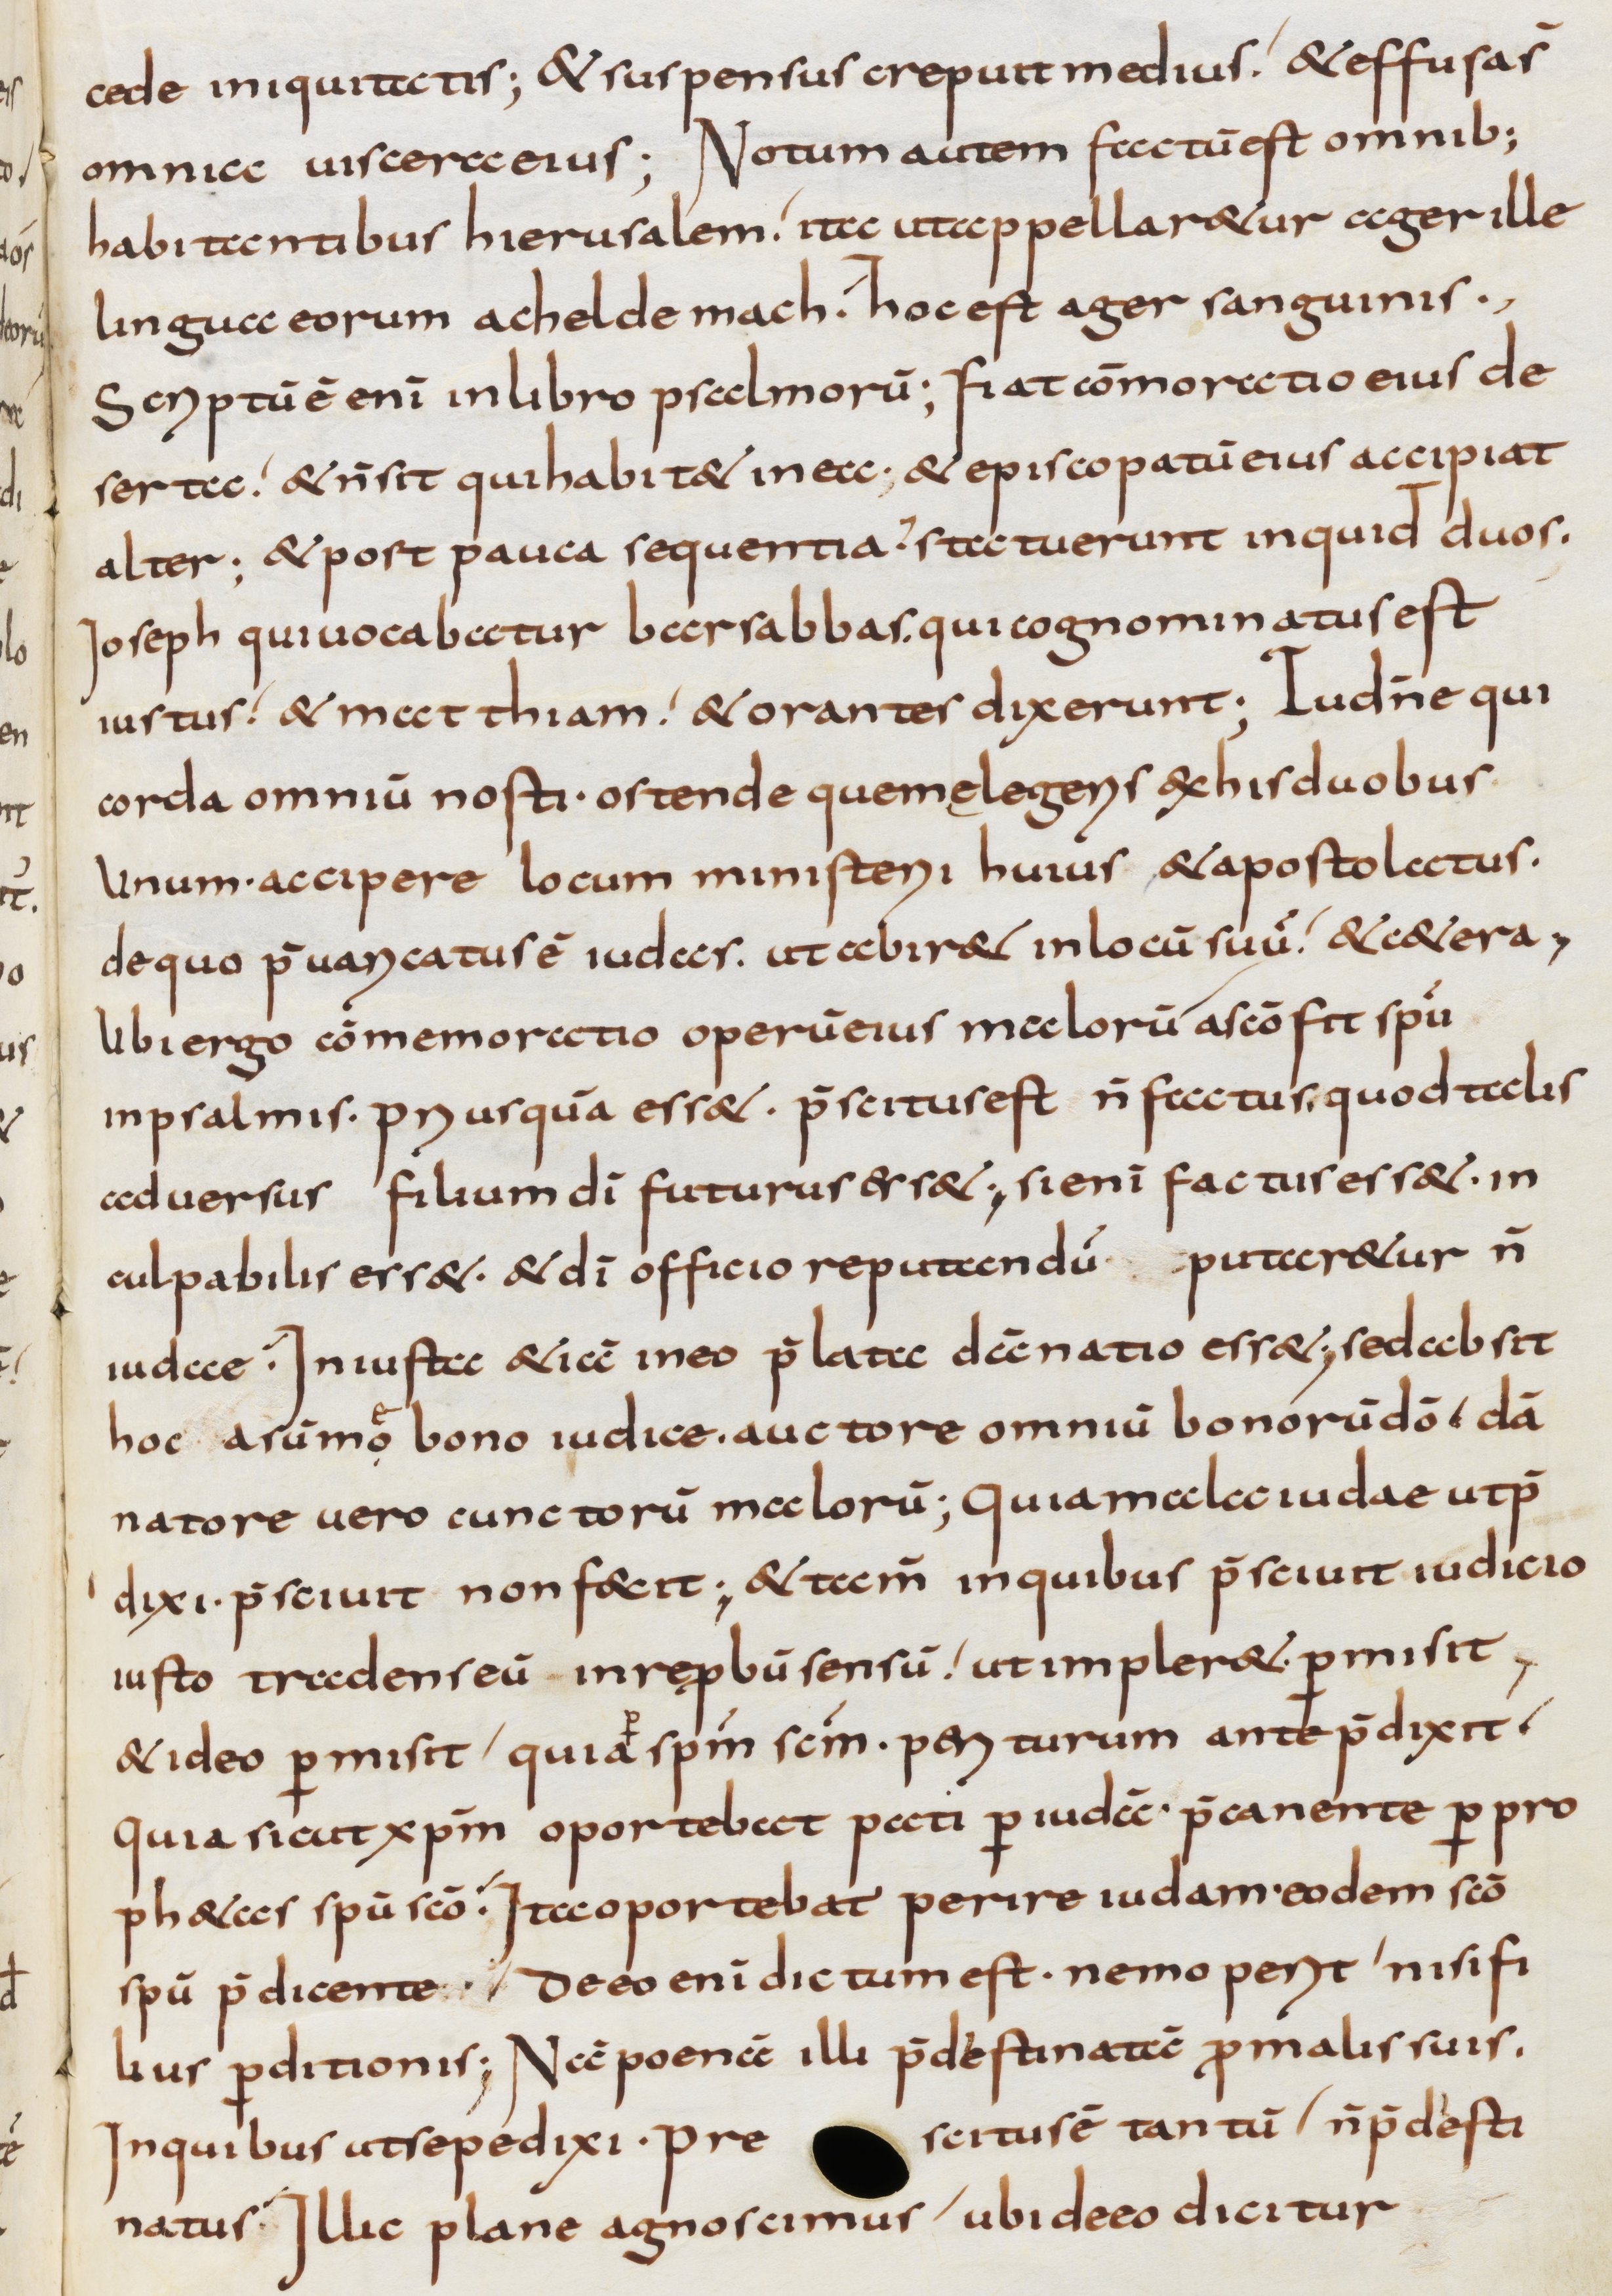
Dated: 800–1299